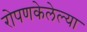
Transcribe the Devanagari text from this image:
रोपणकेलेल्या